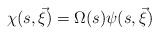
\begin{align*}\chi (s,\vec \xi)= \Omega (s)\psi(s,\vec \xi) \end{align*}